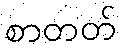
စာတတ်